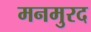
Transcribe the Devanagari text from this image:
मनमुरद